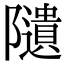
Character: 𨽟